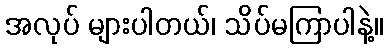
အလုပ် များပါတယ်၊ သိပ်မကြာပါနဲ့။